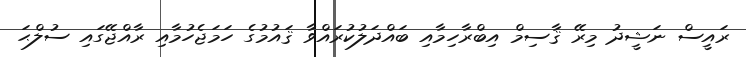
ރައީސް ނަޝީދު މިރޭ ޤާސިމް އިބްރާހިމާއި ބައްދަލުކުރައްވާ ޤައުމުގެ ހަމަޖެހުމާއި ރާއްޖޭގައި ސުލްޙަ